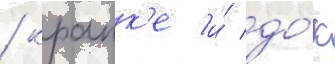
/ крапк'е и́ до́к